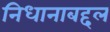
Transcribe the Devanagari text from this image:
निधानाबद्दल